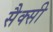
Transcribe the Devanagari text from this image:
सैक्सी